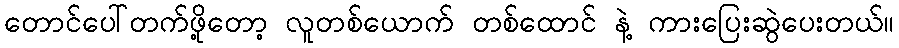
တောင်ပေါ်တက်ဖို့တော့ လူတစ်ယောက် တစ်ထောင် နဲ့ ကားပြေးဆွဲပေးတယ်။